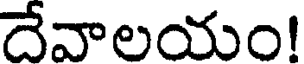
దేవాలయం!